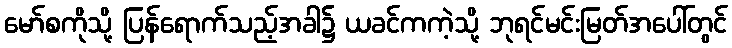
မော်စကိုသို့ ပြန်ရောက်သည့်အခါ၌ ယခင်ကကဲ့သို့ ဘုရင်မင်းမြတ်အပေါ်တွင်